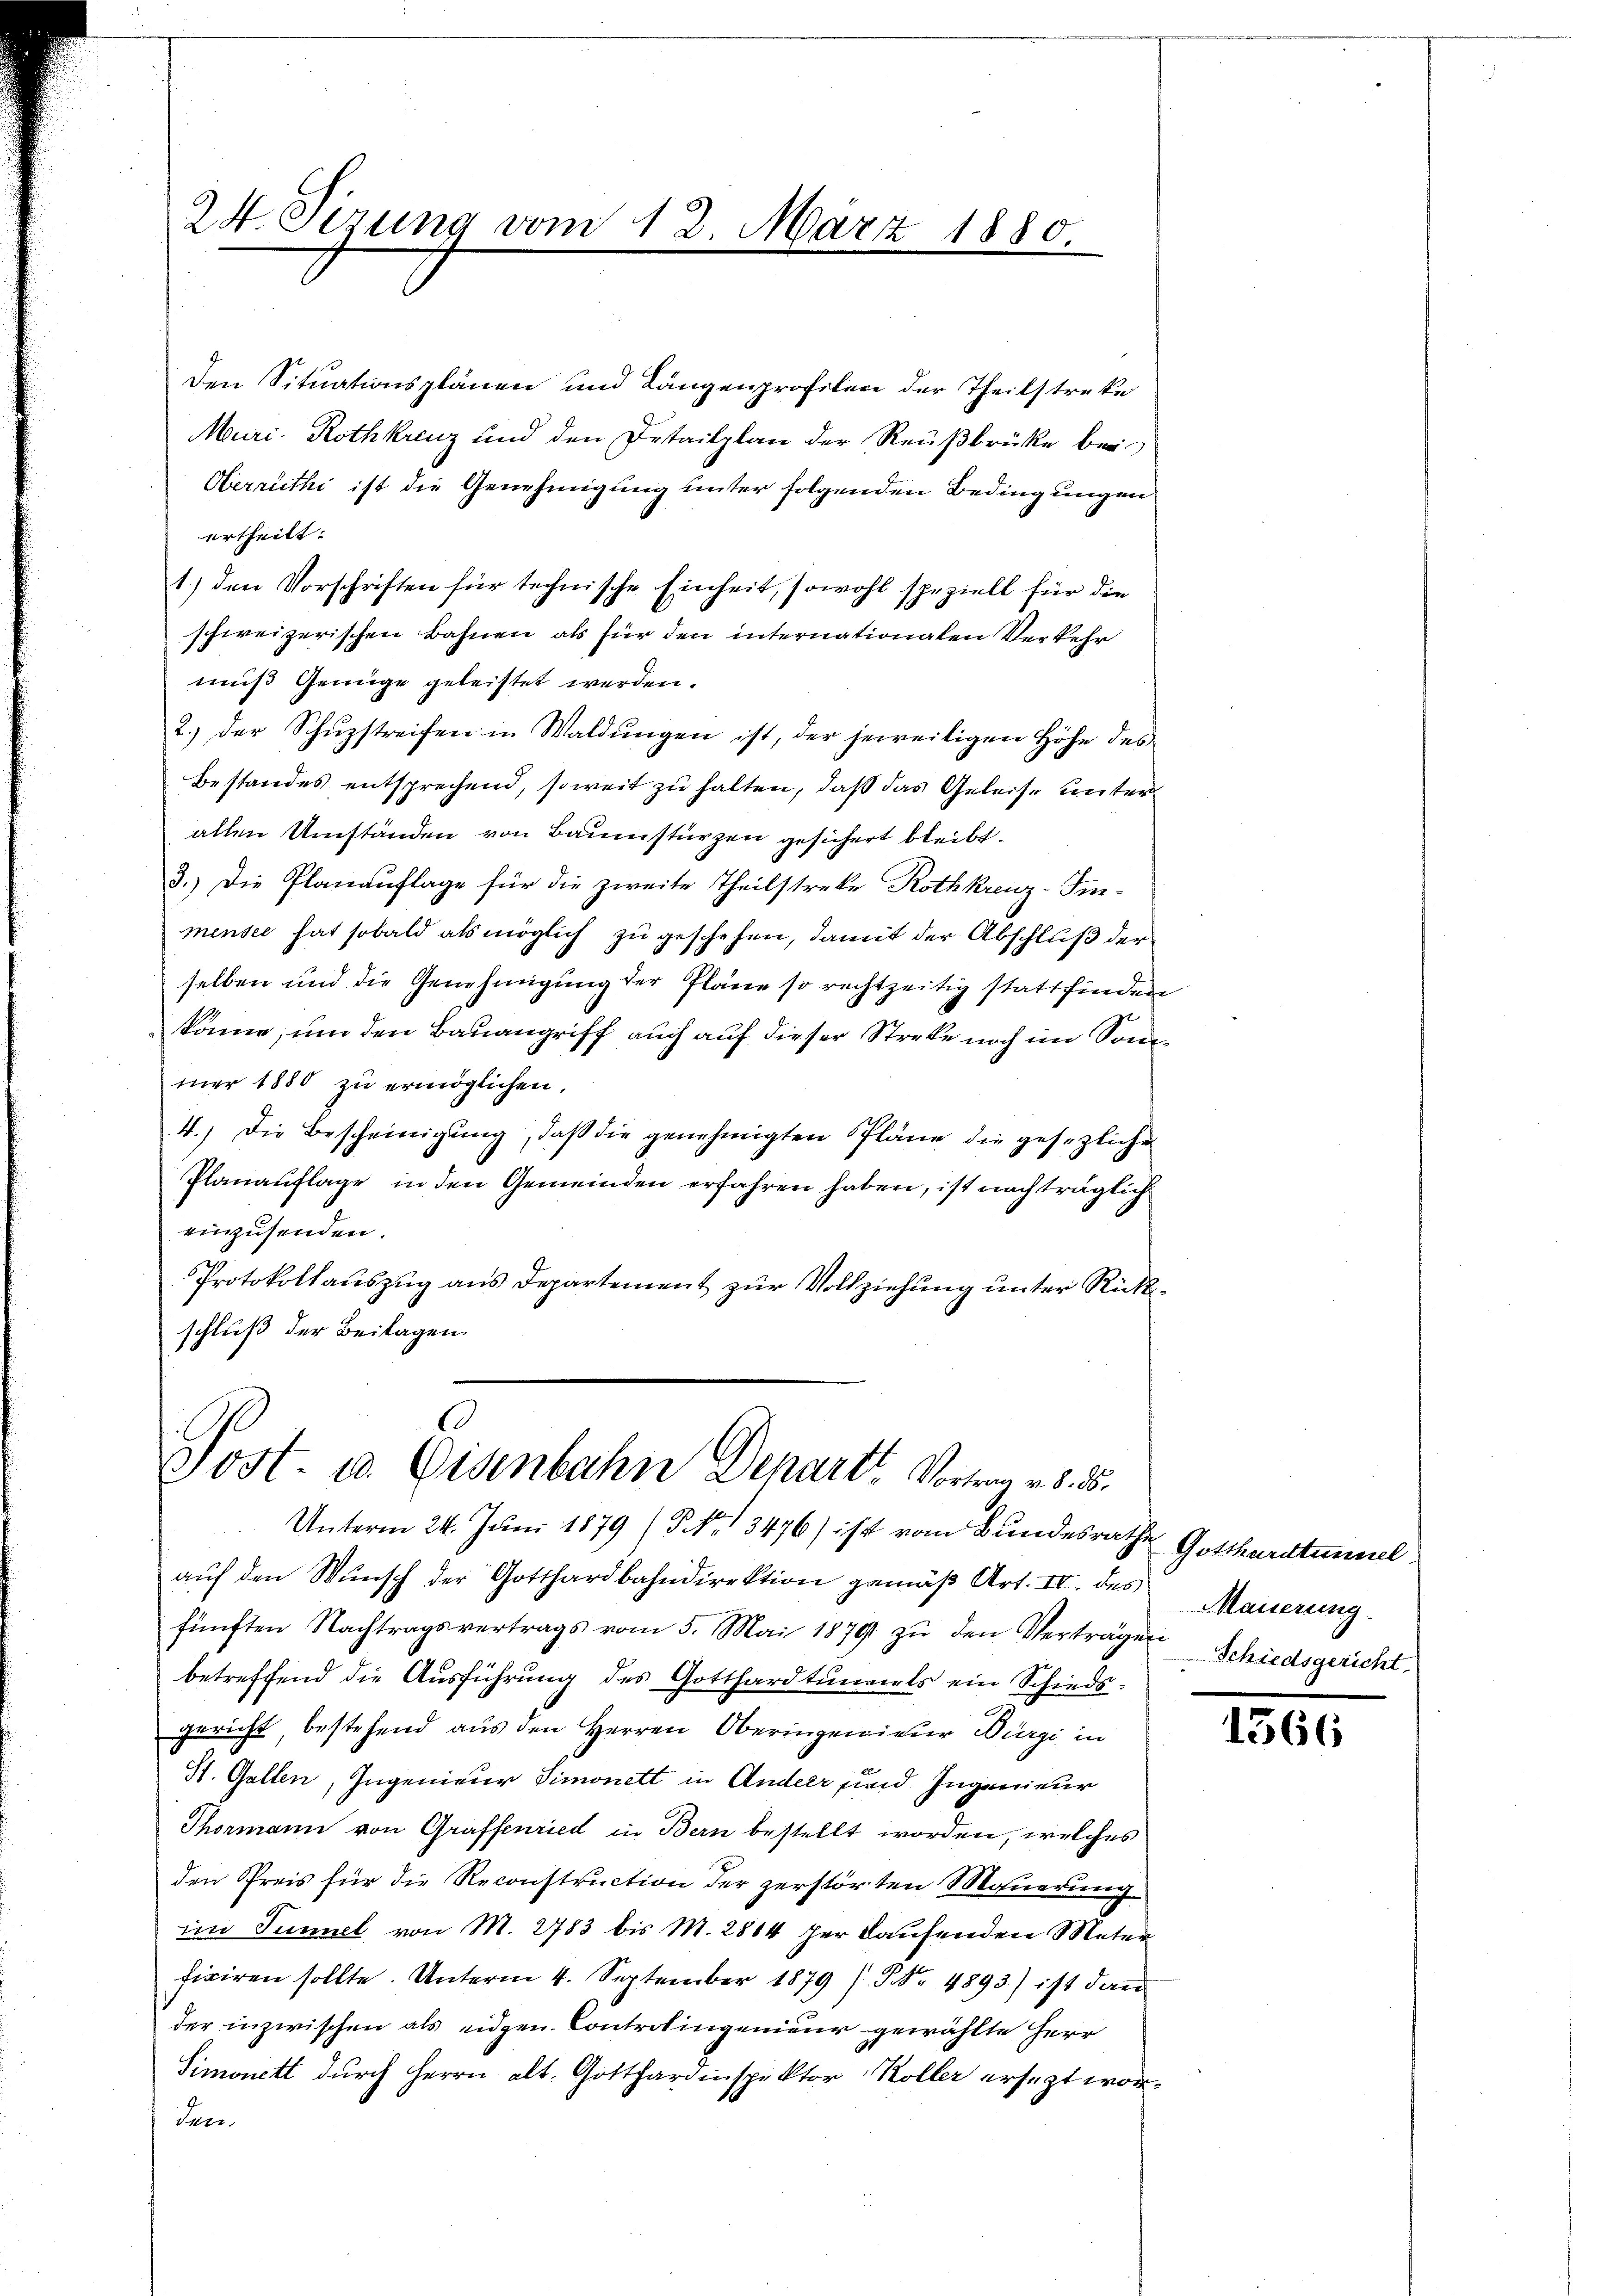
24. Sizung vom 12. März 1880.

Den Situationsplänen und Längenprofilen der Theilstreke
Muri- Rothkreuz und den Detailplan der Reußbrücke bei
Oberrüthi ist die Genehmigung unter folgenden Bedingungen
ertheilt.
1.) den Vorschriften für technische Einheit, sowohl speziell für die
schweizerischen Bahnen als für den internationalen Verkehr
muß Genüge geleistet werden.
2.) der Schŭzstreifen in Waldŭngen ist, der jeweiligen Höhe des
Bestandes entsprechend, soweit zu halten, daß das Geleise unter
allen Umständen von Baumstürzen gesichert bleibt.
3.) Die Planauflage für die zweite Theilstreke Rothkreuz-Immensee hat sobald als möglich zu geschehen, damit der Abschluß der
selben und die Genehmigung der Pläne so rechtzeitig stattfinden
könne, um den Bauangriff auch auf dieser Streke noch im Sonnmer 1880 zu ermöglichen.
4.) Die Bescheinigung, daß die genehmigten Pläne die gesezliche
Planauflage in den Gemeinden erfahren haben, ist nachträglich
einzusenden.
Protokollauszug aus Departement zur Vollziehung unter Rückschluß der Beilagen.

Post- u. Eisenbahn Departe Vortrag v. d. 5.
Unterm 24. Juni 1879 (S. 3476) ist vom Bundesrathe Gotthardtunnel

aŭf den Wŭnsch der Gotthardbahndirektion gemäβ Art. IV des Mauerung.
fünften Nachtragsvertrags vom 5. Mai 1879 zŭ den Verträgen Schiedsgericht,
betreffend die Ausführung des Gotthardtunnels ein Schiedsgericht, bestehend aus den Herren Oberingenieur Bürgi in
St. Gallen, Ingenieur Simonett in Ander sind Ingenieur
Thormann von Graffenried in Bern bestellt worden, welches
den Preis für die Reconstruction der zerstörten Mauerung
im Tumel von M. 2783 bis M. 2814 her kaufenden Meter
fixiren sollte. Unterm 4. September 1879 (Nr. 4893) ist dann
der inzwischen als eidgen. Controlingenieur gewählte Herr
Simonett durch Herrn alt. Gotthardinspektor Koller ersetzt worden.

1366